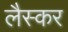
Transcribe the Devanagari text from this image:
लैस्कर